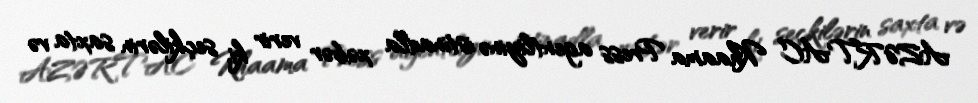
AZƏRTAC Khaama Press agentliyinə istinadla xəbər verir ki, seçkilərin saxta və